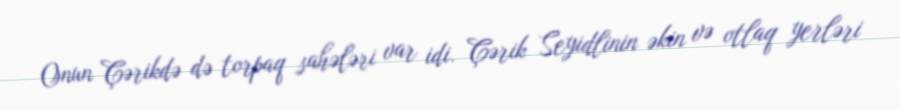
Onun Çərikdə də torpaq sahələri var idi. Çərik Seyidlinin əkin və otlaq yerləri